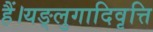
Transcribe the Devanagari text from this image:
हैं।यङ्लुगादिवृत्ति